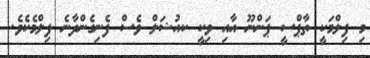
މި ފިލްމަކީ ތާޕްސީ ޕަންނޫ އާއި ވިކީ ކއުޝަލް ވެސް ފެނިގެންދާނެ ފިލްމެކެވެ.